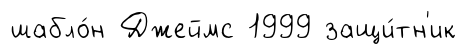
шабло́н Джеймс 1999 защи́тн'ик